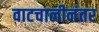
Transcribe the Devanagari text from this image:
वाटचालीनंतर